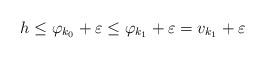
LaTeX: \begin{align*} h\leq\varphi_{k_0}+\varepsilon\leq\varphi_{k_1}+\varepsilon=v_{k_1}+\varepsilon\end{align*}